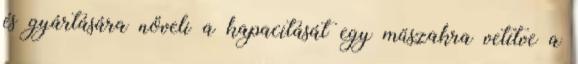
és gyártására növeli a kapacitását egy műszakra vetítve a